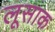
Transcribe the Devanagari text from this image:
लूसाक